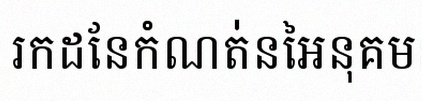
រកដែនកំណត់នៃអនុគមន៍